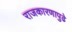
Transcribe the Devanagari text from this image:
राजकारणापुढे